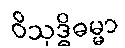
ဝိသုဒ္ဓိဓမ္မာ